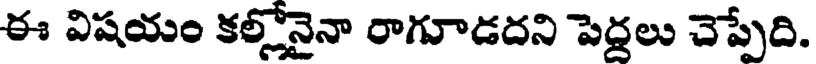
ఈ విషయం కల్లోనైనా రాగూడదని పెద్దలు చెప్పేది.